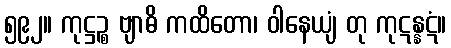
၅၉၂။ ကုဋ္ဌဉ္စ ဗျာဓိ ကထိတော၊ ဝါနေယျံ တု ကုဋန္နဋံ။